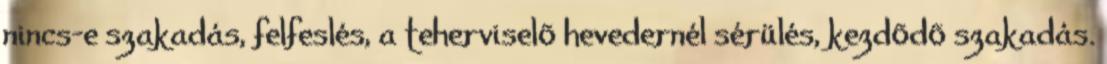
nincs-e szakadás, felfeslés, a teherviselõ hevedernél sérülés, kezdõdõ szakadás.